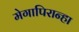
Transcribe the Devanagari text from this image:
मेगापिरान्हा